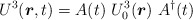
\begin{align*}U^3(\mbox{\boldmath$r$},t) = A(t)~U_0^3(\mbox{\boldmath$r$})~A^\dag(t)\end{align*}